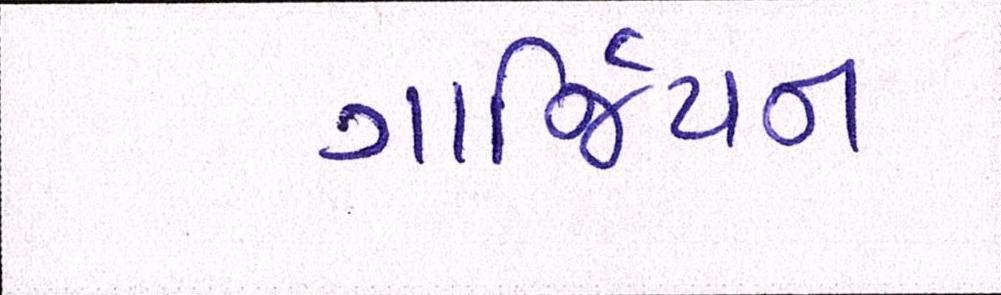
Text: ગાર્જિયન